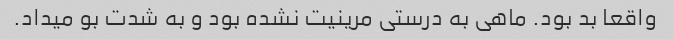
واقعا بد بود. ماهی به درستی مرینیت نشده بود و به شدت بو میداد.